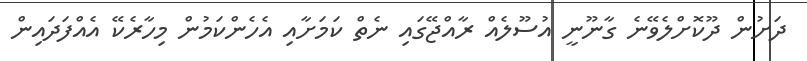
ދަށުން ދޫކޮށްލެވޭނެ ގާނޫނީ އުސޫލެއް ރާއްޖޭގައި ނެތް ކަމަށާއި އެހެންކަމުން މިހާރެކޭ އެއްފަދައިން